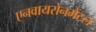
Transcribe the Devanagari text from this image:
एनवायरोनमेंटल